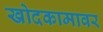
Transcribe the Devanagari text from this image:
खोदकामावर